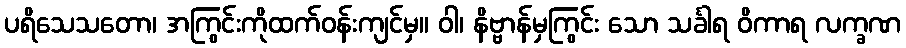
ပရိသေသတော၊ အကြွင်းကိုထက်ဝန်းကျင်မှ။ ဝါ၊ နိဗ္ဗာန်မှကြွင်း သော သင်္ခါရ ဝိကာရ လက္ခဏ